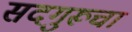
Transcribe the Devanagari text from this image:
सदगुरूचा